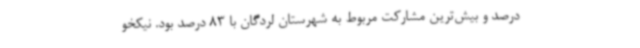
درصد و بیش‌ترین مشارکت مربوط به شهرستان لردگان با 83 درصد بود. نیکخو